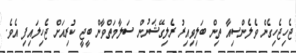
ޖެހިޖެހިގެން ވެލެންސިއާ ތިން ބަލިވިއިރު ރެލިގޭޝަނުން ސަލާމަތްވާން ބީޖީ ކުރިއަށް ޖެހިލައިފި އެވެ.